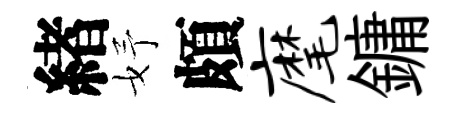
緖妤頗麾鏞